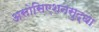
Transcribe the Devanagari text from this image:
असोसिएशनसुद्धा